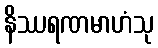
နိဿရဏမာဟံသု